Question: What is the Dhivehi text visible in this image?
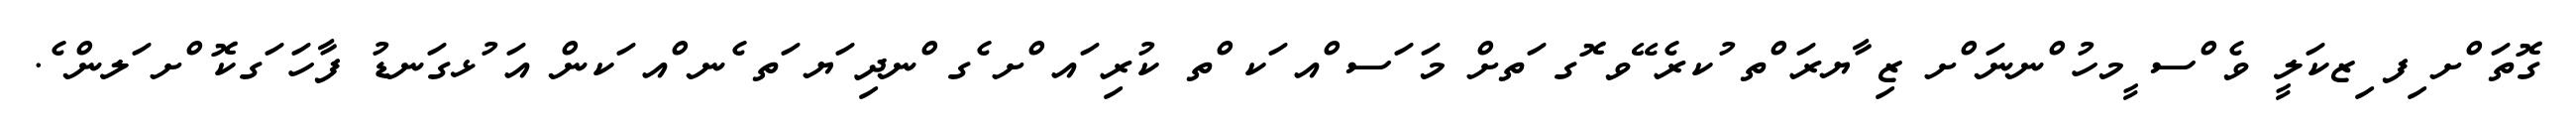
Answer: ގޮތަ ްށ ިފ ިޒކަލީ ވެ ްސ ީމހު ްނނަ ްށ ޒި ާޔރަ ްތ ުކރެ ޭވ ޮގ ަތށް މަ ަސ ްއ ަކ ްތ ކުރި ައ ްށ ެގ ްނދި ަޔ ަތ ެނ ްއ ަކން އަ ުޅގަނޑު ފާހަ ަގކޮ ްށ ަލން ެ.